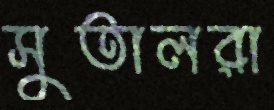
সুতালরা